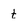
Character: t